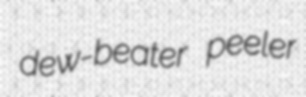
dew-beater peeler